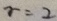
r = 2